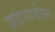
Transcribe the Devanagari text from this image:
डाइथायोल